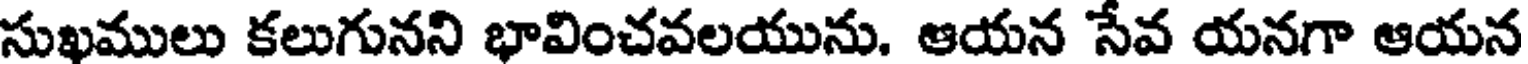
సుఖములు కలుగునని భావించవలయును. ఆయన సేవ యనగా ఆయన